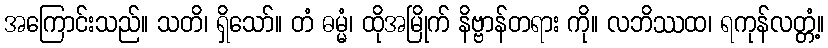
အကြောင်းသည်။ သတိ၊ ရှိသော်။ တံ ဓမ္မံ၊ ထိုအမြိုက် နိဗ္ဗာန်တရား ကို။ လဘိဿထ၊ ရကုန်လတ္တံ့။